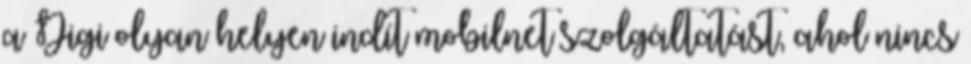
a Digi olyan helyen indít mobilnet szolgáltatást, ahol nincs